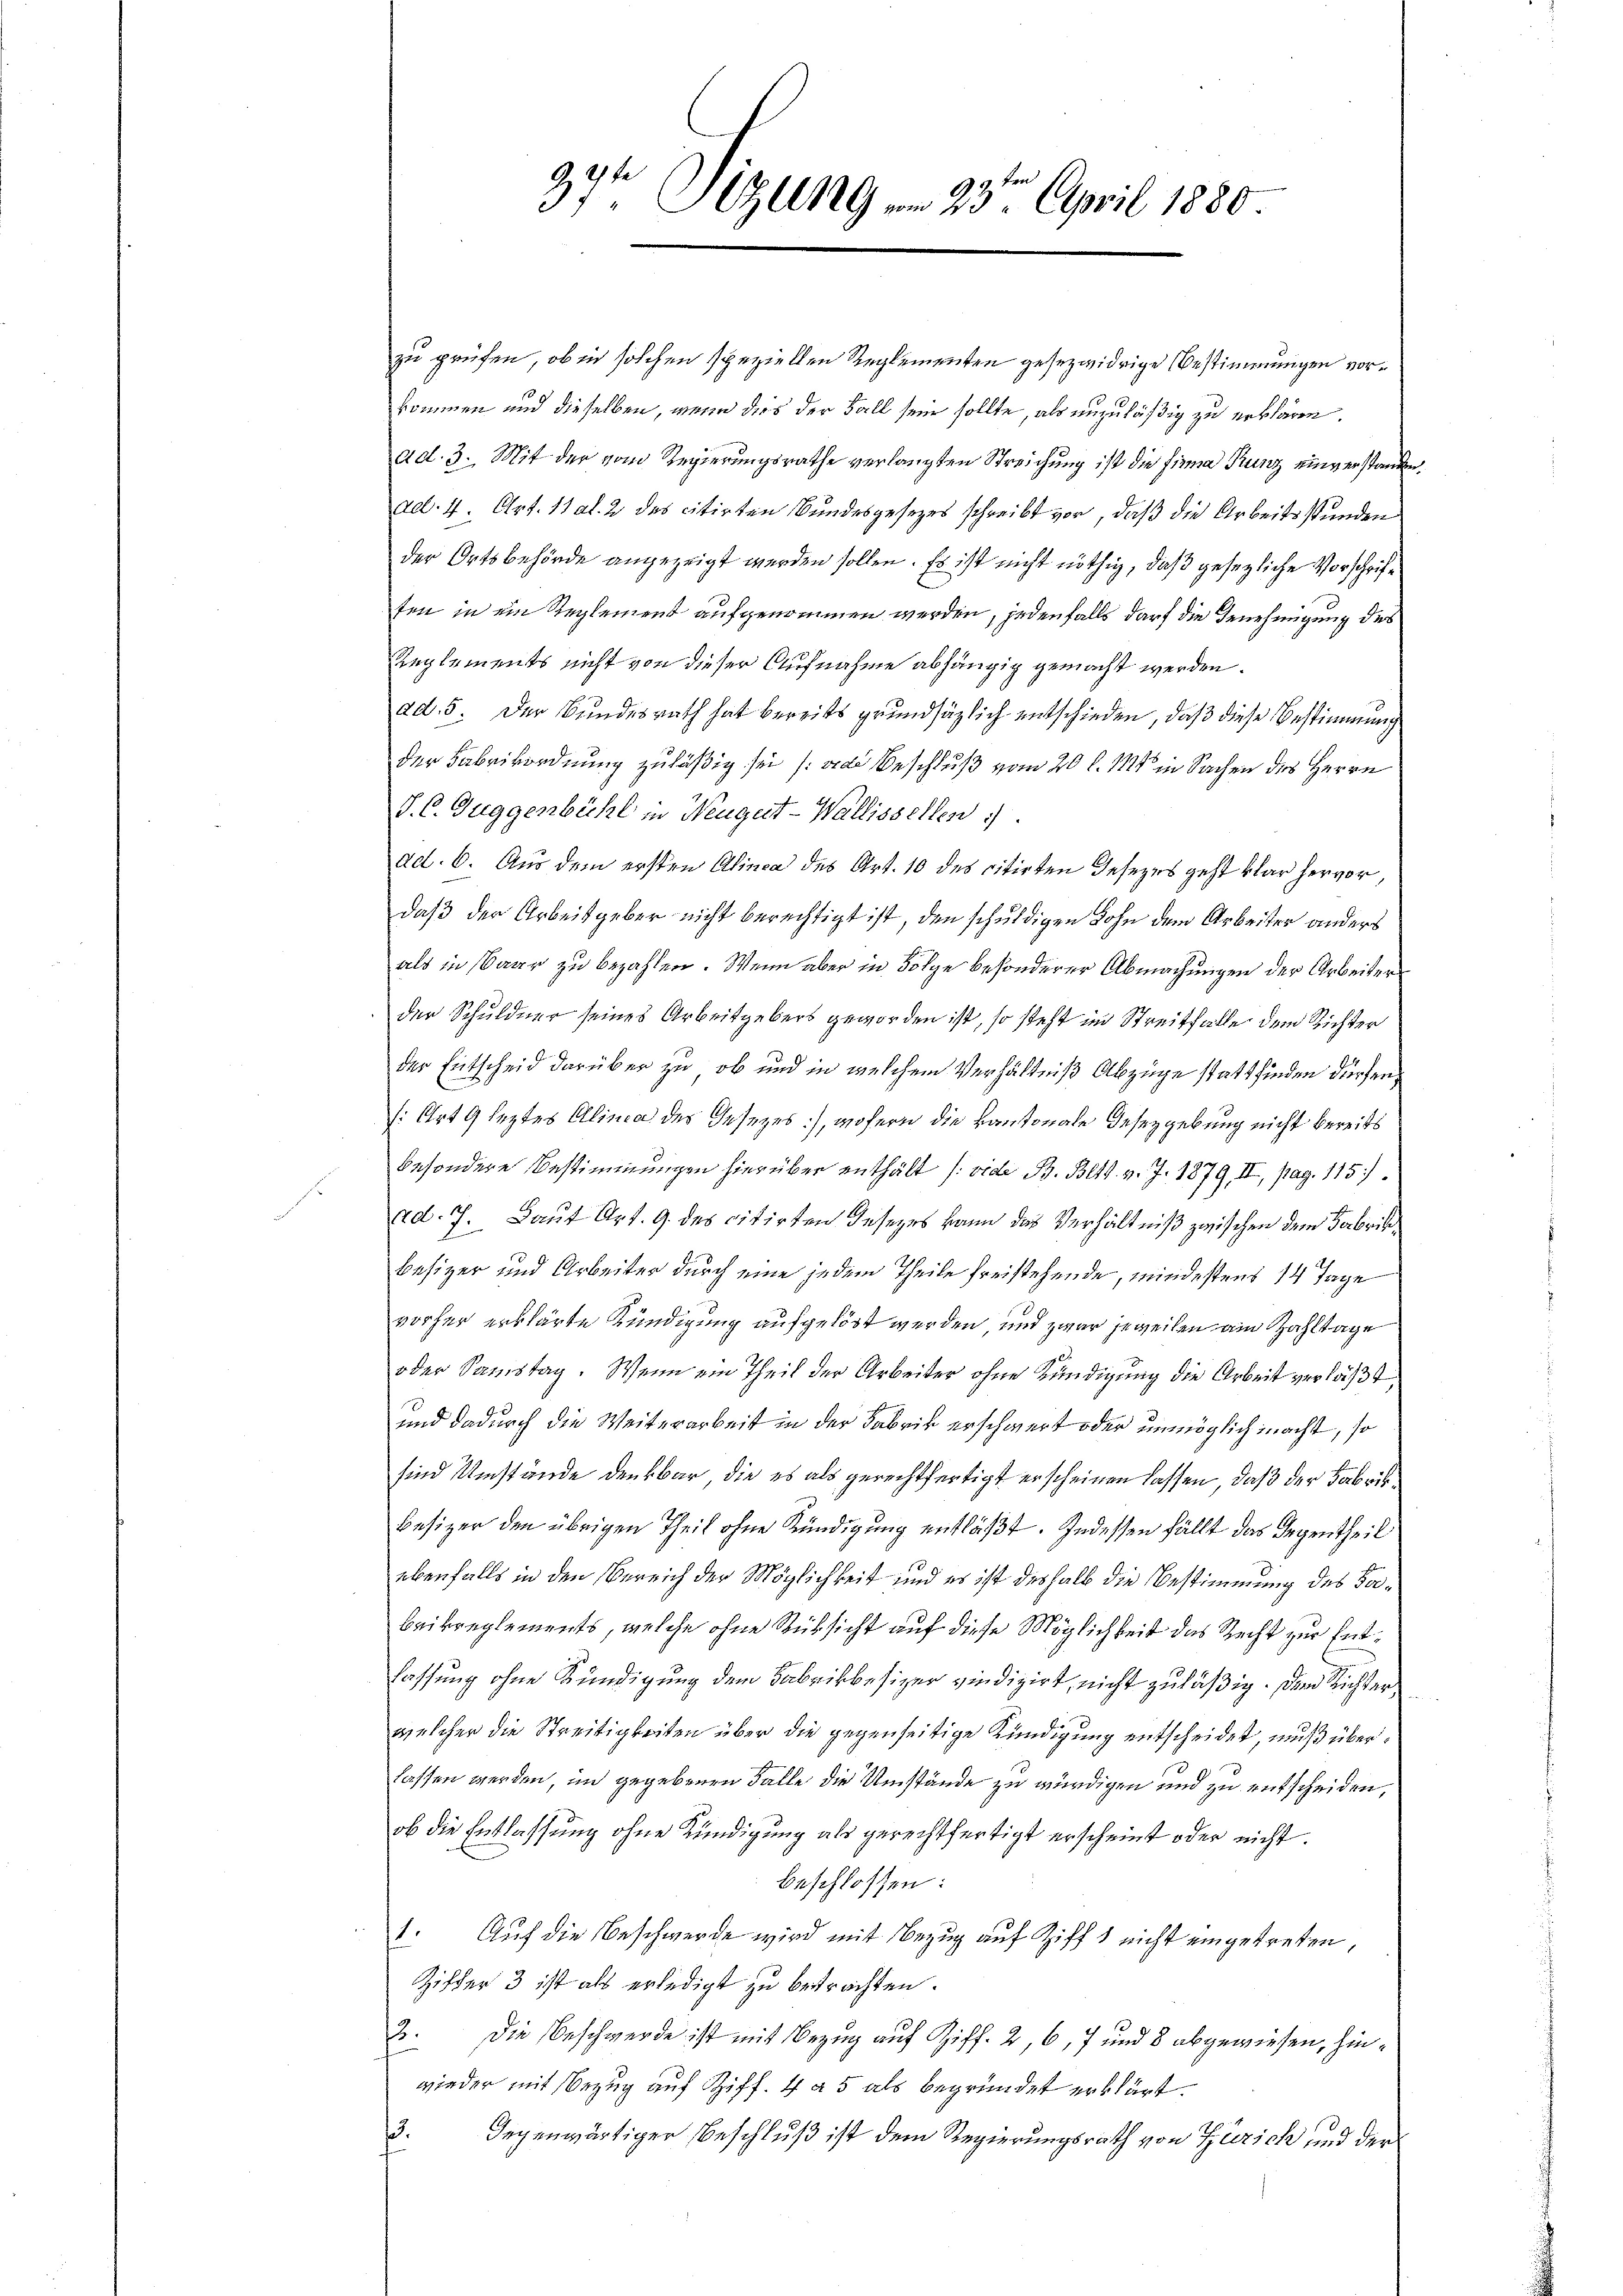
37t Sizung v. 23ten April 1880.

zu prüfen, ob in solchen speziellen Reglementen gesezwidrige Bestimmungen vorkommen und dieselben, wenn dies der Fall sein sollte, als unzuläßig zu erklären,
ad. 3. Mit der vom Regierungsrathe verlangten Streichung ist die finna Kunz einverstanden
ael. 4. Art. 11 Al. 2 des citirten Bundesgesetzes schreibt vor, daß die Arbeitsstunden
der Ortsbehörde angezeigt werden sollen. Es ist nicht nöthig, daß gesezliche Vorschriften in ein Reglement aufgenommen werden, jedenfalls darf die Genehmigung des
Reglements nicht von dieser Aufnahme abhängig gemacht werden.
ad. 5. Der Bundesrath hat bereits grundsätzlich entschieden, daß diese Bestimmung
der Fabrikordnung zuläßig sei an Beschluß vom 20 l. 1 in Sachen des Herrn
J. C. Guggenbühl in Neugat-Wallissellen.
ad. 6. Aus dem ersten Alinea des Art. 10 des citirten Gesezes geht klar hervor,
daß der Arbeitgeber nicht berechtigt ist, den schuldigen Lohn dem Arbeiter anders
als in baar zu bezahlen. Wenn aber in Folge besonderer Abmachungen der Arbeiter
der Schuldner seines Arbeitgebers geworden ist, so steht im Streitfalle dem Richter
der Entscheid darüber zu, ob und in welchem Verhältniß Abzüge stattfinden dürfen.
(Art. 9 leztes Alinea des Gesezes), wofern die kantonale Gesetzgebung nicht bereits
besondere Bestimmungen hierüber enthält (vide B. Bett. v. J. 1879, II, pag. 115)
ad. J. Laut Art. 9. des citirten desezes kann das Verhältniß zwischen dem Fabrik¬
Besizer und Arbeiter durch eine jedem Theile freistehende, mindestens 14 Tage
vorher erklärte Kündigung aufgelöst werden, und zwar jeweilen am Zahltage
oder Samstag. Wenn ein Theil der Arbeiter ohne Kündigung die Arbeit verläßt,
he
und dadurch die Weiterarbeit in der Fabrik erschwert oder unmöglich macht, so
sind Umstände denkbar, die es als gerechtfertigt erscheinen lassen, daß der Fabrikbesizer den übrigen Theil ohne Kündigung entläßt. Indessen fällt das Gegentheil
ebenfalls in den Bereich der Möglichkeit und es ist deshalb die Bestimmung des Sa¬
Beikreglements, welche ohne Rücksicht auf diese Möglichkeit das Recht zur Entlassung ohne Kündigung dem Fabrikbesizer vindizirt, nicht zuläßig. Dem Richter
welcher die Streitigkeiten über die gegenseitige Kündigung entscheidet, muß überlassen werden, im gegebenen Falle die Umstände zu würdigen und zu entscheiden,
ob die Entlassung ohne Kündigung als gerechtfertigt erscheint oder nicht.
beschlossen:
1. Auf die Beschwerde wird mit Bezug auf Ziff nicht eingetreten,
Ziffer 3 ist als erledigt zu betrachten.
2. Die Beschwerde ist mit Bezug auf Ziff. 2, 6, 7 und 8 abgewiesen, hinwieder mit Bezug auf Ziff. 4 a 5 als begründet erklärt.
Gegenwärtiger Beschluß ist dem Regierungsrath von Zürich und der
f